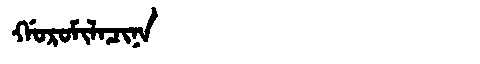
Manchu: ᡤᠣᡵᠣᠮᡳᠯᠠᠴᡳᠨᠠ
Romanization: GOROMILACINA